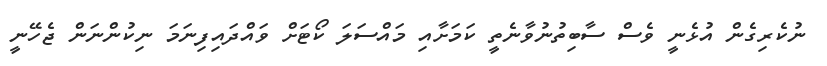
ނުކެރިގެން އުޅެނީ ވެސް ސާބިތުނުވާނެތީ ކަމަށާއި މައްސަލަ ކޯޓަށް ވައްދައިފިނަމަ ނިކުންނަން ޖެހޭނީ